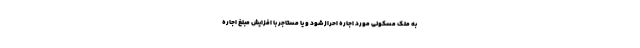
به ملک مسکونی مورد اجاره احراز شود و یا مستاجر با افزایش مبلغ اجاره